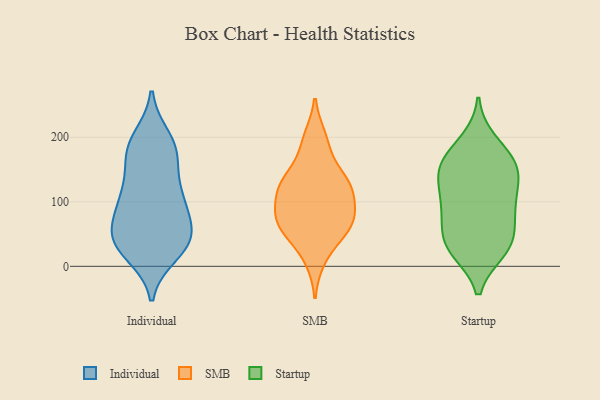
{"axis": {"x": "Temperature (°C)", "y": "Value"}, "legend": ["Individual", "SMB", "Startup"], "data": [{"x": "", "y": 34, "type": "Individual"}, {"x": "", "y": 95, "type": "Individual"}, {"x": "", "y": 187, "type": "Individual"}, {"x": "", "y": 39, "type": "Individual"}, {"x": "", "y": 33, "type": "Individual"}, {"x": "", "y": 173, "type": "Individual"}, {"x": "", "y": 36, "type": "Individual"}, {"x": "", "y": 122, "type": "Individual"}, {"x": "", "y": 170, "type": "Individual"}, {"x": "", "y": 55, "type": "Individual"}, {"x": "", "y": 198, "type": "Individual"}, {"x": "", "y": 114, "type": "Individual"}, {"x": "", "y": 99, "type": "Individual"}, {"x": "", "y": 181, "type": "Individual"}, {"x": "", "y": 48, "type": "Individual"}, {"x": "", "y": 20, "type": "Individual"}, {"x": "", "y": 102, "type": "Individual"}, {"x": "", "y": 62, "type": "Individual"}, {"x": "", "y": 199, "type": "SMB"}, {"x": "", "y": 120, "type": "SMB"}, {"x": "", "y": 67, "type": "SMB"}, {"x": "", "y": 46, "type": "SMB"}, {"x": "", "y": 135, "type": "SMB"}, {"x": "", "y": 87, "type": "SMB"}, {"x": "", "y": 75, "type": "SMB"}, {"x": "", "y": 187, "type": "SMB"}, {"x": "", "y": 59, "type": "SMB"}, {"x": "", "y": 92, "type": "SMB"}, {"x": "", "y": 130, "type": "SMB"}, {"x": "", "y": 131, "type": "SMB"}, {"x": "", "y": 11, "type": "SMB"}, {"x": "", "y": 125, "type": "SMB"}, {"x": "", "y": 64, "type": "SMB"}, {"x": "", "y": 46, "type": "Startup"}, {"x": "", "y": 37, "type": "Startup"}, {"x": "", "y": 85, "type": "Startup"}, {"x": "", "y": 181, "type": "Startup"}, {"x": "", "y": 154, "type": "Startup"}, {"x": "", "y": 194, "type": "Startup"}, {"x": "", "y": 153, "type": "Startup"}, {"x": "", "y": 26, "type": "Startup"}, {"x": "", "y": 62, "type": "Startup"}, {"x": "", "y": 116, "type": "Startup"}, {"x": "", "y": 25, "type": "Startup"}, {"x": "", "y": 150, "type": "Startup"}, {"x": "", "y": 24, "type": "Startup"}, {"x": "", "y": 147, "type": "Startup"}, {"x": "", "y": 82, "type": "Startup"}, {"x": "", "y": 154, "type": "Startup"}, {"x": "", "y": 107, "type": "Startup"}, {"x": "", "y": 102, "type": "Startup"}]}